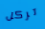
تركل